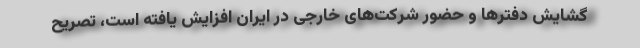
گشایش دفترها و حضور شرکت‌های خارجی در ایران افزایش یافته است، تصریح